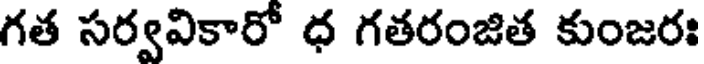
గత సర్వవికారో ధ గతరంజిత కుంజరః